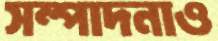
সম্পাদনাও